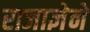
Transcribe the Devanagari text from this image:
राजाज्ञेने